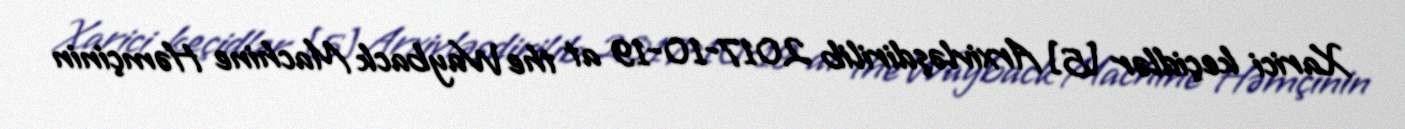
Xarici keçidlər [5] Arxivləşdirilib 2017-10-19 at the Wayback Machine Həmçinin